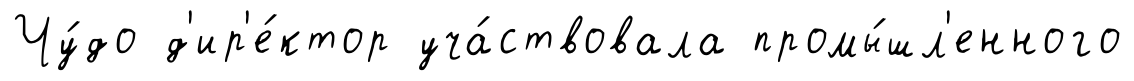
Чу́до д'ир'е́ктор уча́ствовала промы́шл'енного